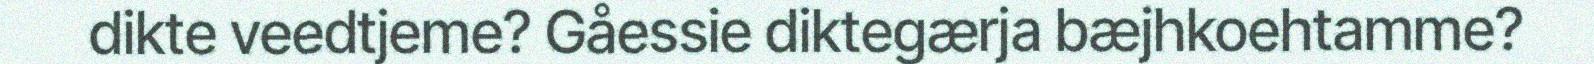
dikte veedtjeme? Gåessie diktegærja bæjhkoehtamme?